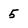
Character: 5